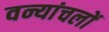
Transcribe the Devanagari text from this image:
वन्यांचलों